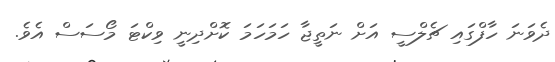
ދެވަނަ ހާފްގައި ޗެލްސީ އަށް ނަތީޖާ ހަމަހަމަ ކޮށްދިނީ ވިކްޓަ މޯސަސް އެވެ.